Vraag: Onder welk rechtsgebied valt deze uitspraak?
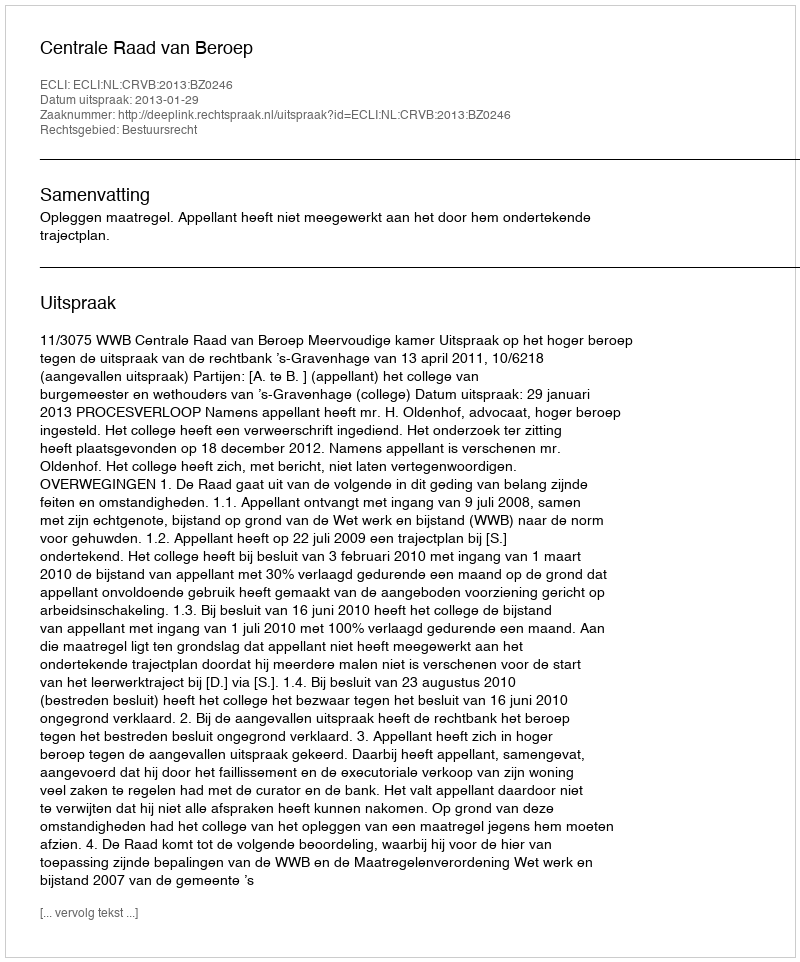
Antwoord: Bestuursrecht